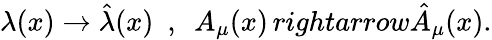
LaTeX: \lambda(x)\rightarrow\hat{\lambda}(x)~~,~~A_{\mu}(x)\, rightarrow\hat{A}_{\mu}(x).